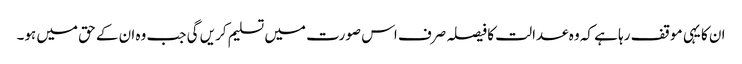
ان کا یہی موقف رہا ہے کہ وہ عدالت کا فیصلہ صرف اس صورت میں تسلیم کریں گی جب وہ ان کے حق میں ہو۔